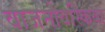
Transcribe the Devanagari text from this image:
वाजनोवस्किया